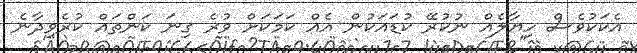
އެކަކުވެސް ހިޔާލެއް ނުކުރޭ ކުޑައަކުން އެއް ކަމަކަށް ވުރެ ގިނަ ކަންތައް ކުރެވިދާނެ